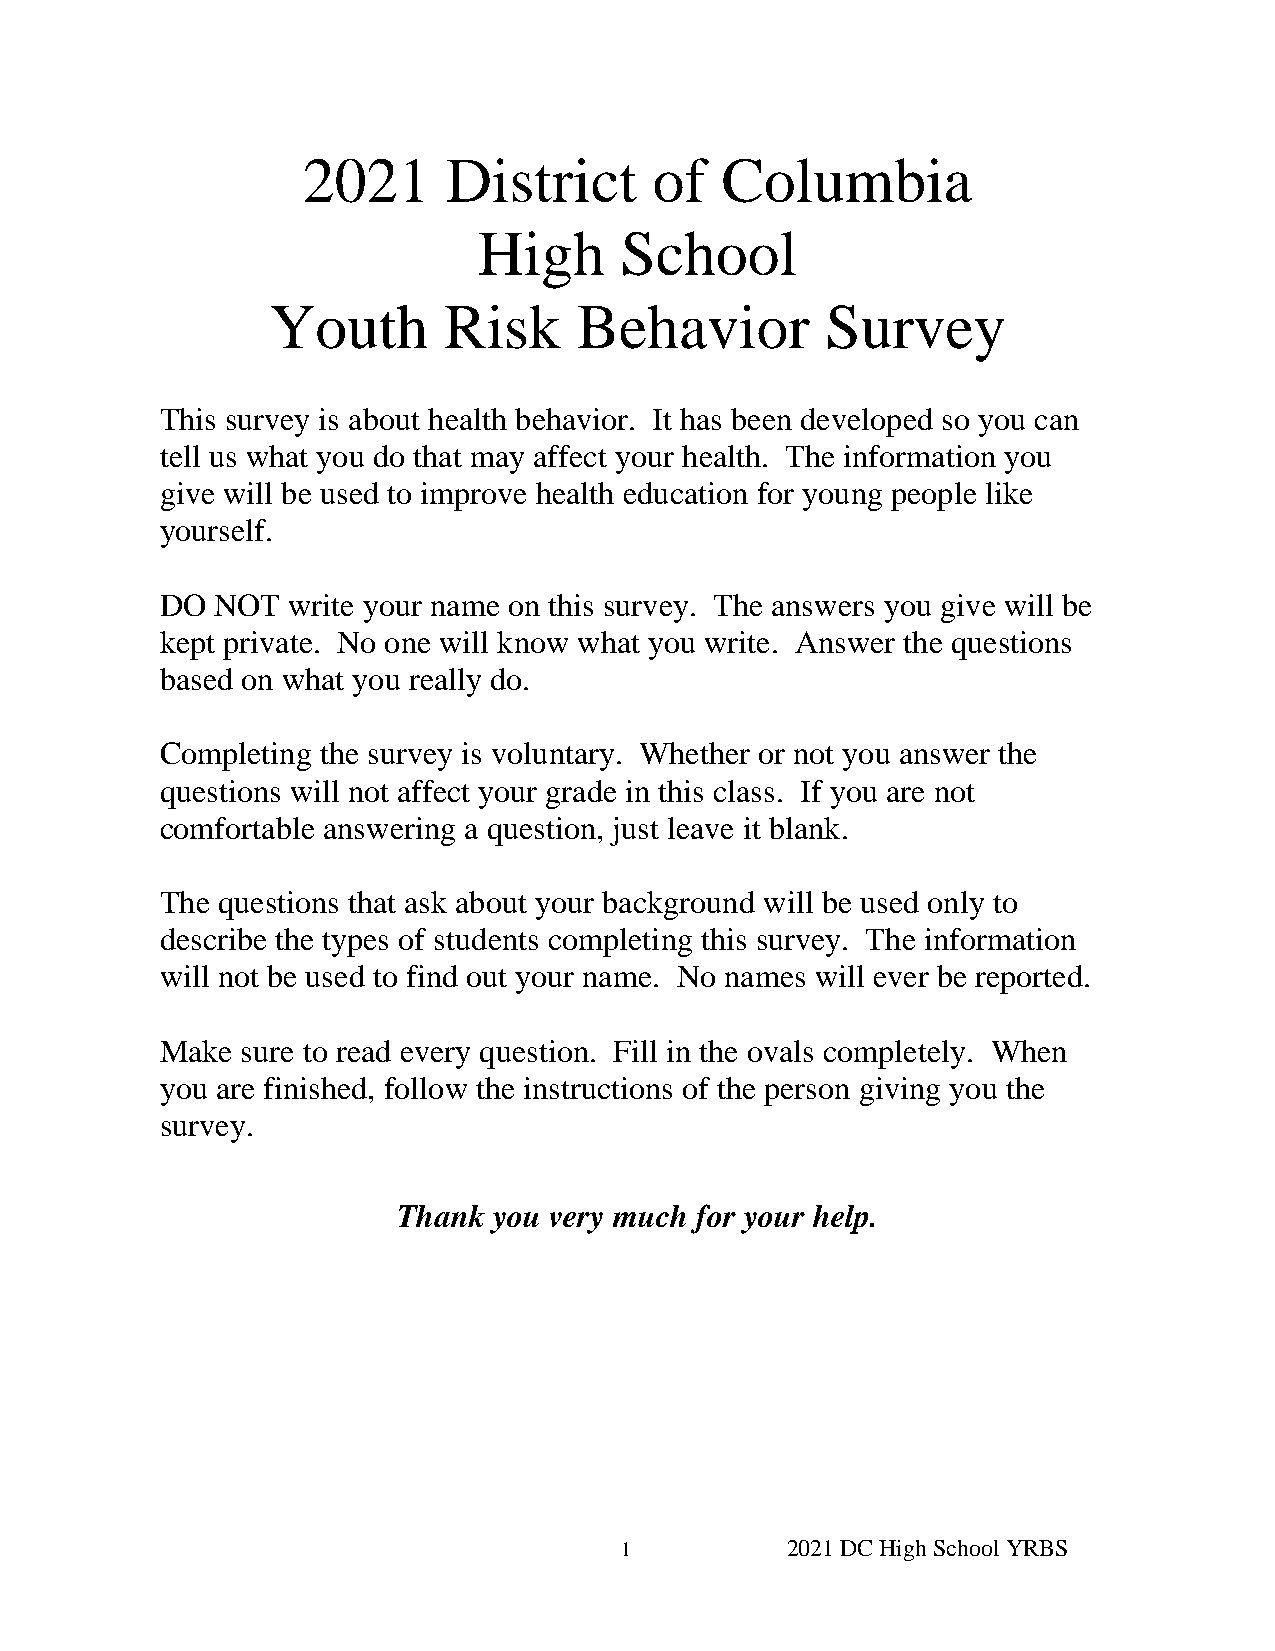
2021      District     of   Columbia
 High     School
 Youth      Risk     Behavior         Survey
 This survey is about health behavior. It has been developed so you can
 tell us what you do that may affect your health. The information you
 give will be used to improve health education for young people like
 yourself.
 DO NOT  write your name on this survey. The answers you give will be
 kept private. No one will know what you write. Answer the questions
 based on what you really do.
 Completing the survey is voluntary. Whether or not you answer the
 questions will not affect your grade in this class. If you are not
 comfortable answering a question, just leave it blank.
 The questions that ask about your background will be used only to
 describe the types of students completing this survey. The information
 will not be used to find out your name. No names will ever be reported.
 Make sure to read every question. Fill in the ovals completely. When
 you are finished, follow the instructions of the person giving you the
 survey.
 Thank  you very much for your help.
 1          2021 DC High School YRBS